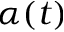
\alpha ( t )